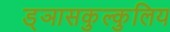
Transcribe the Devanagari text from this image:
ड्ञासकुल्कुलिय